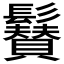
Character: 𩯳